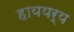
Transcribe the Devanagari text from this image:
हाययर्य